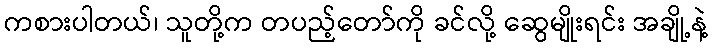
ကစားပါတယ်၊ သူတို့က တပည့်တော်ကို ခင်လို့ ဆွေမျိုးရင်း အချို့နဲ့